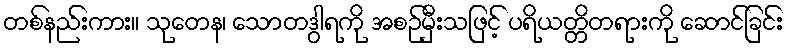
တစ်နည်းကား။ သုတေန၊ သောတဒွါရကို အစဉ်မှီးသဖြင့် ပရိယတ္တိတရားကို ဆောင်ခြင်း